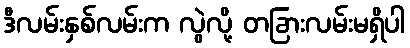
ဒီလမ်းနှစ်လမ်းက လွဲလို့ တခြားလမ်းမရှိပါ